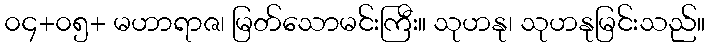
၀၄+၀၅+ မဟာရာဇ၊ မြတ်သောမင်းကြီး။ သုဟနု၊ သုဟနုမြင်းသည်။